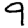
Digit: 9